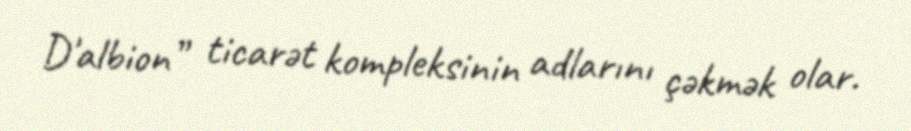
D'albion” ticarət kompleksinin adlarını çəkmək olar.